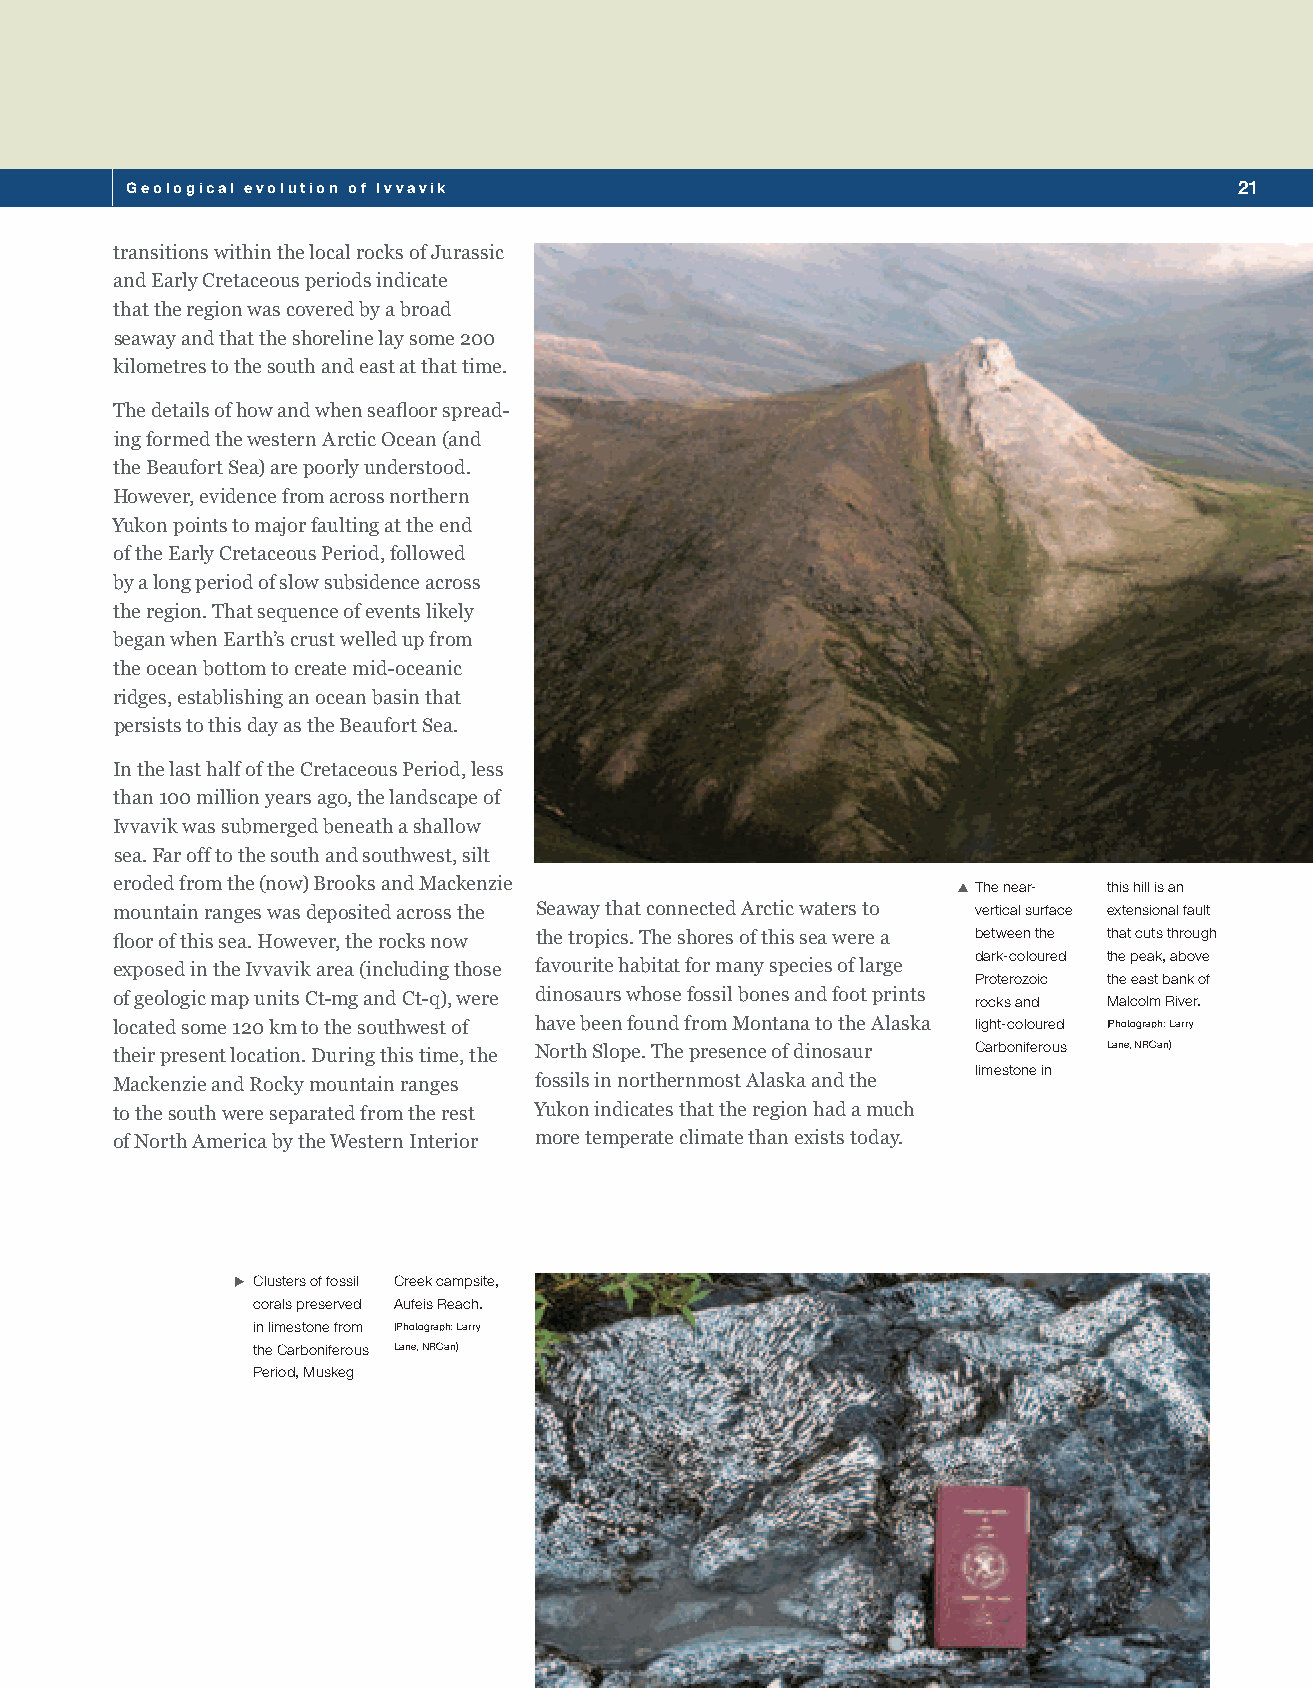
Geological evolution of Ivvavik                                           21
 transitions within the local rocks of Jurassic
 and Early Cretaceous periods indicate
 that the region was covered by a broad
 seaway and that the shoreline lay some 200
 kilometres to the south and east at that time.
 The details of how and when seafloor spread-
 ing formed the western Arctic Ocean (and
 the Beaufort Sea) are poorly understood.
 However, evidence from across northern
 Yukon points to major faulting at the end
 of the Early Cretaceous Period, followed
 by a long period of slow subsidence across
 the region. That sequence of events likely
 began when Earth’s crust welled up from
 the ocean bottom to create mid-oceanic
 ridges, establishing an ocean basin that
 persists to this day as the Beaufort Sea.
 In the last half of the Cretaceous Period, less
 than 100 million years ago, the landscape of
 Ivvavik was submerged beneath a shallow
 sea. Far off to the south and southwest, silt
 eroded from the (now) Brooks and Mackenzie              SXThe near- this hill is an
 mountain ranges was deposited across the Seaway that connected Arctic waters to vertical surface extensional fault
 floor of this sea. However, the rocks now the tropics. The shores of this sea were a between the that cuts through
 dark-coloured the peak, above
 exposed in the Ivvavik area (including those favourite habitat for many species of large
 Proterozoic the east bank of
 of geologic map units Ct-mg and Ct-q), were dinosaurs whose fossil bones and foot prints rocks and Malcolm River.
 located some 120 km to the southwest of have been found from Montana to the Alaska light-coloured (Photograph: Larry
 their present location. During this time, the North Slope. The presence of dinosaur Carboniferous Lane, NRCan)
 limestone in
 Mackenzie and Rocky mountain ranges fossils in northernmost Alaska and the
 to the south were separated from the rest Yukon indicates that the region had a much
 of North America by the Western Interior more temperate climate than exists today.
 XXClusters of fossil Creek campsite,
 corals preserved Aufeis Reach.
 in limestone from (Photograph: Larry
 the Carboniferous Lane, NRCan)
 Period, Muskeg